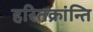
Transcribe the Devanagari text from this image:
हरितक्रांन्ति